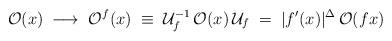
LaTeX: \begin{align*}{\cal O}(x)\;\longrightarrow\;{\cal O}^{f}(x)\;\equiv\;{\cal U}^{-1}_{f}\,{\cal O}(x)\,{\cal U}_{f}\;=\;|f'(x)|^{\Delta}\,{\cal O}(fx)\end{align*}